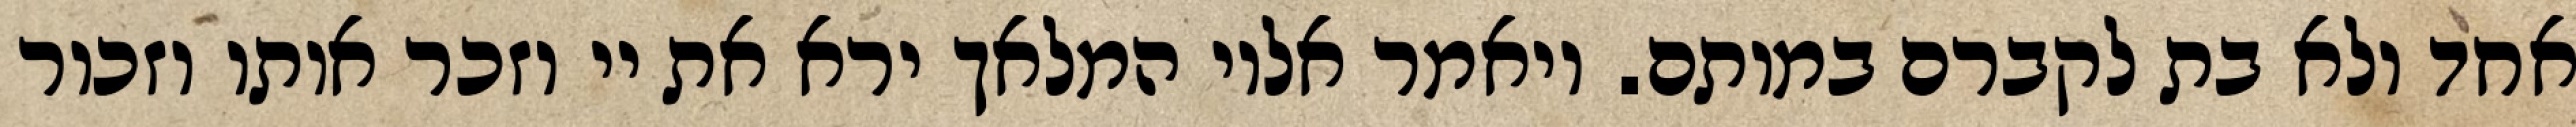
אחד ולא בת לקברם במותם. ויאמר אליו המלאך ירא את יי וזכר אותו וזכור